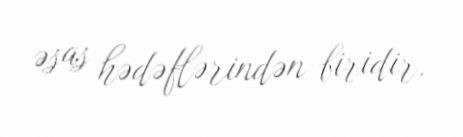
əsas hədəflərindən biridir.